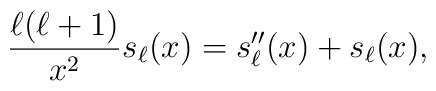
{\ell(\ell+1)\over x^2} s_\ell(x) = s_\ell''(x) + s_\ell(x),